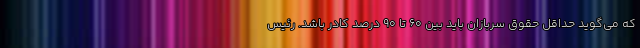
که می‌گوید حداقل حقوق سربازان باید بین ۶۰ تا ۹۰ درصد کادر باشد. رئیس